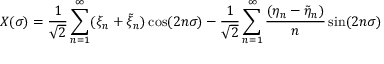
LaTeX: X ( \sigma ) = { \frac { 1 } { \sqrt { 2 } } } \sum _ { n = 1 } ^ { \infty } ( \xi _ { n } + \tilde { \xi } _ { n } ) \cos ( 2 n \sigma ) - { \frac { 1 } { \sqrt { 2 } } } \sum _ { n = 1 } ^ { \infty } { \frac { ( \eta _ { n } - \tilde { \eta } _ { n } ) } { n } } \sin ( 2 n \sigma )